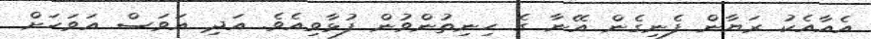
އެއާއެކު ރަޔާން ފެނިގެން އޭނާ ގެ ހިނިތުންވުން ފުޅާވިއެވެ. އަދި އަވަސް އަވަހަށް